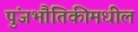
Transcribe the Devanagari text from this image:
पुंजभौतिकीमधील